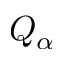
Q _ { \alpha }